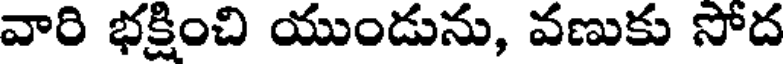
వారి భక్షించి యుండును, వణుకు సోద